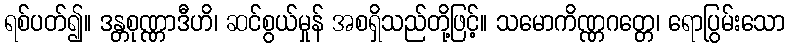
ရစ်ပတ်၍။ ဒန္တစုဏ္ဏာဒီဟိ၊ ဆင်စွယ်မှုန် အစရှိသည်တို့ဖြင့်။ သမောကိဏ္ဏဂတ္တေ၊ ရောပြွမ်းသော